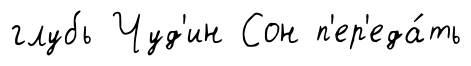
глубь Чуд'ин Сон п'ер'еда́ть